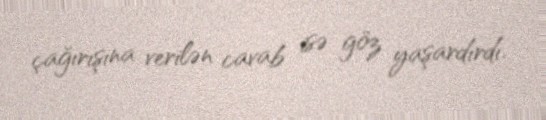
çağırışına verilən cavab isə göz yaşardırdı.